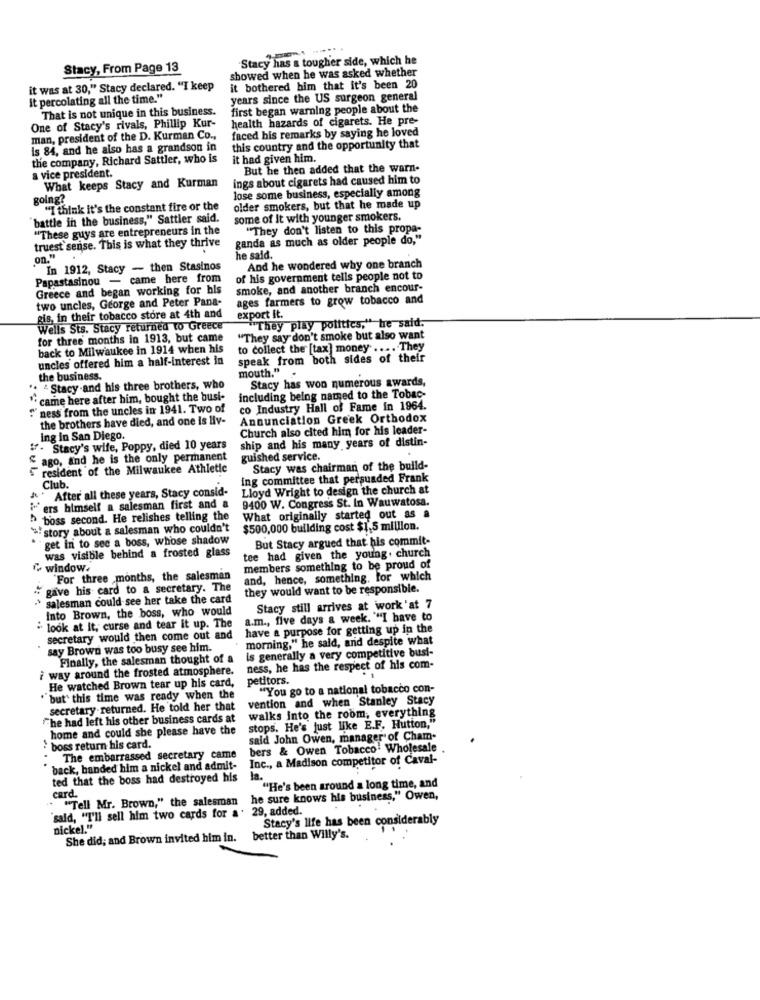
Stacy has a tougher side, which he
Stacy, From Page 13
showed when he was asked whether
it was at 30," Stacy declared. "I keep
it bothered him that it's been 20
it percolating all the time."
years since the US surgeon general
That is not unique in this business.
first began warning people about the
One of Stacy's rivals, Phillip Kur-
health hazards of cigarets. He pre-
faced his remarks by saying he loved
man, president of the D. Kurman Co .,
is 84, and he also has a grandson in
this country and the opportunity that
the company, Richard Sattler, who is
it had given him.
But he then added that the warn.
a vice president.
ings about cigarets had caused him to
What keeps Stacy and Kurman
lose some business, especially among
going?
"I think it's the constant fire or the
older smokers, but that he made up
"battle in the business," Sattler said.
some of It with younger smokers.
"These guys are entrepreneurs in the
"They don't listen to this propa-
truest sense. This is what they thrive
ganda as much as older people do,"
on."
he said.
In 1912, Stacy - then Stasinos
And he wondered why one branch
Papastasinou - came here from
of his government tells people not to
Greece and began working for his
smoke, and another branch encour-
two uncles, George and Peter Pana-
ages farmers to grow tobacco and
gis, in their tobacco store at 4th and
export It.
Vells Sts. Stacy returned to Greece
"They play politics," he said:
for three months in 1913, but came
"They say don't smoke but also want
back to Milwaukee in 1914 when his
to collect the [tax] money .... They
uncles offered him a half-interest in
speak from both sides of their
mouth." .
the business.
Stacy has won numerous awards,
"+ "Stacy .and his three brothers, who
" came here after him, bought the busi-
including being nated to the Tobac-
"" ness from the uncles in 1941. Two of
co Industry Hall of Fame in 1964.
the brothers have died, and one is liv-
Annunciation Greek Orthodox
Church also cited him for his leader-
ing in San Diego.
ship and his many years of distin-
". Stacy's wife, Poppy, died 10 years
ago, and he is the only permanent
guished service.
.
resident of the Milwaukee Athletic
Stacy was chairman of the build-
ing committee that persuaded Frank
* After all these years, Stacy consid-
Club.
Lloyd Wright to design the church at
9400 W. Congress St. In Wauwatosa.
ers himself a salesman first and a
boss second. He relishes telling the
What originally started out as a
"!story about a salesman who couldn't
$500,000 building cost $1,5 million.
get in to see a boss, whose shadow
But Stacy argued that his commit-
tee had given the young. church
was visible behind a frosted glass
f- window.
members something to be proud of
"For three months, the salesman
and, hence, something, for which
gave his card to a secretary. The
they would want to be responsible.
salesman could see her take the card
into Brown, the boss, who would
Stacy still arrives at work 'at 7
a.m ., five days a week. ""I have to
" look at It, curse and tear it up. The
have a purpose for getting up in the
secretary would then come out and
morning," he said, and despite what
say Brown was too busy see him.
is generally a very competitive busi-
Finally, the salesman thought of a
way around the frosted atmosphere. ness, he has the respect of his com-
petitors.
He watched Brown tear up his card,
"You go to a national tobacco con-
"but this time was ready when the
vention and when Stanley Stacy
secretary returned. He told her that
The had left his other business cards at
walks into the room, everything
home and could she please have the
stops. He's just like E.F. Hutton,"
said John Owen, manager" of Cham-
boss return his card.
bers & Owen Tobacco Wholesale
The embarrassed secretary came
...
Inc ., a Madison competitor of Caval-
back, banded him a nickel and admit-
ted that the boss had destroyed his
"He's been around a long time, and
. ""Tell Mr. Brown," the salesman
card.
he sure knows his business," Owen,
said, "I'll sell him two cards for a. 29, added.
Stacy's life has been considerably
nickel."
She did; and Brown invited him in.
better than Willy's.